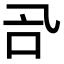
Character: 𠮸